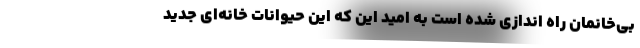
بی‌خانمان راه اندازی شده است به امید این که این حیوانات خانه‌ای جدید